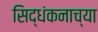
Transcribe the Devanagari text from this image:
सिद्धंकनाच्या